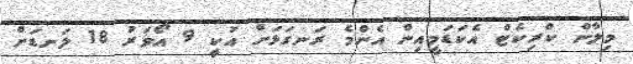
މިލާން ކްރިކެޓް އެކަޑަމީއިން އެންމެ ރަނގަޅަށް އުކިީ 9 އޯވަރު 18 ލަނޑަށް